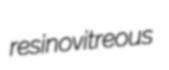
resinovitreous